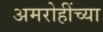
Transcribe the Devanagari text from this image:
अमरोहींच्या